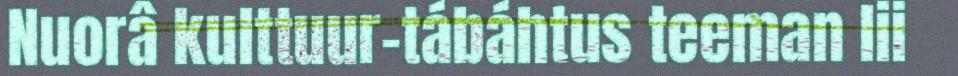
Nuorâ kulttuur-tábáhtus teeman lii